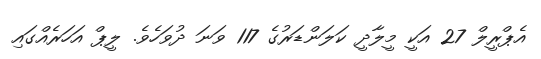
އެޕްރީލް 27 އަކީ މީލާދީ ކަލަންޑަރުގެ 117 ވަނަ ދުވަހެވެ. ލީޕް އަހަރެއްގައި